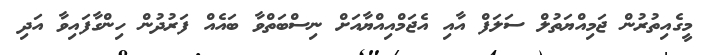
މީގެއިތުރުން ޖަމިއްޔަތުލް ސަލަފް އާއި އެޖަމްއިއްޔާއަށް ނިސްބަތްވާ ބައެއް ފަރުދުން ހިންގާފައިވާ އަދި